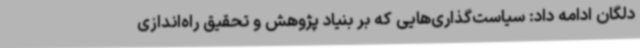
دلگان ادامه داد: سیاست‌گذاری‌هایی که بر بنیاد پژوهش و تحقیق راه‌اندازی